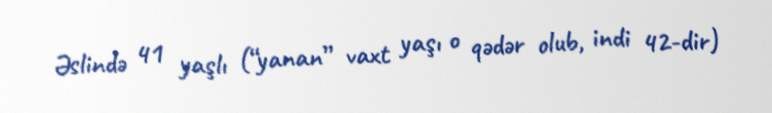
Əslində 41 yaşlı (“yanan” vaxt yaşı o qədər olub, indi 42-dir)